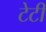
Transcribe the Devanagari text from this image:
टेटी